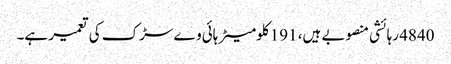
4840 رہائشی منصوبے ہیں، 191 کلومیٹر ہائی وے سڑک کی تعمیر ہے۔